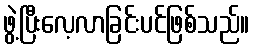
ဖွဲ့ပြီးလေ့လာခြင်းပင်ဖြစ်သည်။